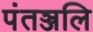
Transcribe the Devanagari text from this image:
पंतञ्जलि